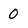
Character: 0